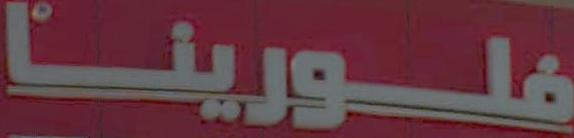
فلورينا